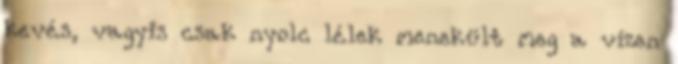
kevés, vagyis csak nyolc lélek menekült meg a vízen